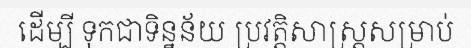
ដើម្បី ទុកជាទិន្នន័យ ប្រវត្តិសាស្ត្រសម្រាប់